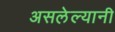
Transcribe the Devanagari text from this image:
असलेल्यानी